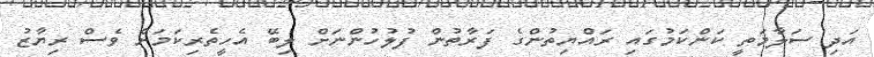
އަދި ސަލާމަތީ ކަންކަމުގައި ރައްޔިތުންގެ ފަރާތުން ފުލުހުންނަށް ލިބޭ އެހީތެރިކަމަށް ވެސް ރިޔާޒު